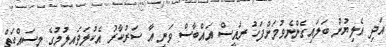
އަދި އެލިޔުން ބަލައިގެންނެވުމަށްފަހު ރައީސް އައްބާސް ވަނީ އާ ސަރުކާރު އެކުލަވައިލުމުގެ މސައްކަތް